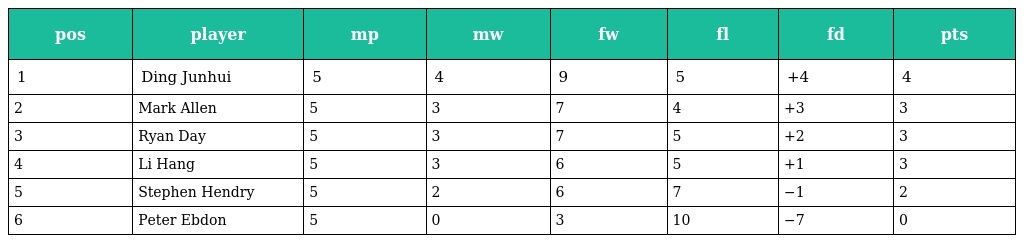
| pos | player | mp | mw | fw | fl | fd | pts |
 | --- | --- | --- | --- | --- | --- | --- | --- |
 | 1 | Ding Junhui | 5 | 4 | 9 | 5 | +4 | 4 |
 | 2 | Mark Allen | 5 | 3 | 7 | 4 | +3 | 3 |
 | 3 | Ryan Day | 5 | 3 | 7 | 5 | +2 | 3 |
 | 4 | Li Hang | 5 | 3 | 6 | 5 | +1 | 3 |
 | 5 | Stephen Hendry | 5 | 2 | 6 | 7 | −1 | 2 |
 | 6 | Peter Ebdon | 5 | 0 | 3 | 10 | −7 | 0 |